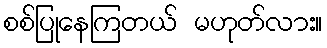
စစ်ပြုနေကြတယ် မဟုတ်လား။